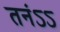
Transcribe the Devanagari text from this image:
तनंऽऽ